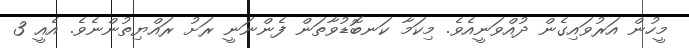
މީހުން އަރުވައިގެން ދުުއްވަނީއެވެ. މިކަމާ ކަނބޮޑުވާތަން ފެންނަނީ ރަށު ރައްޔިތުންނެވެ. އެއީ 3